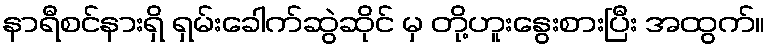
နာရီစင်နားရှိ ရှမ်းခေါက်ဆွဲဆိုင် မှ တို့ဟူးနွေးစားပြီး အထွက်။